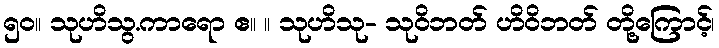
၅၀။ သုဟိသွ.ကာရော ဧ။ ။ သုဟိသု- သုဝိဘတ် ဟိဝိဘတ် တို့ကြောင့်၊